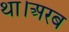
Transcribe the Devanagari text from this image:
था।अरब